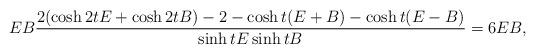
LaTeX: \begin{align*}E B \frac{2(\cosh 2tE + \cosh 2tB) - 2 - \cosh t(E+B) - \cosh t(E-B)}{\sinh t E \sinh t B} = 6 E B ,\end{align*}